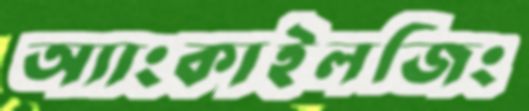
অ্যাংকাইলজিং